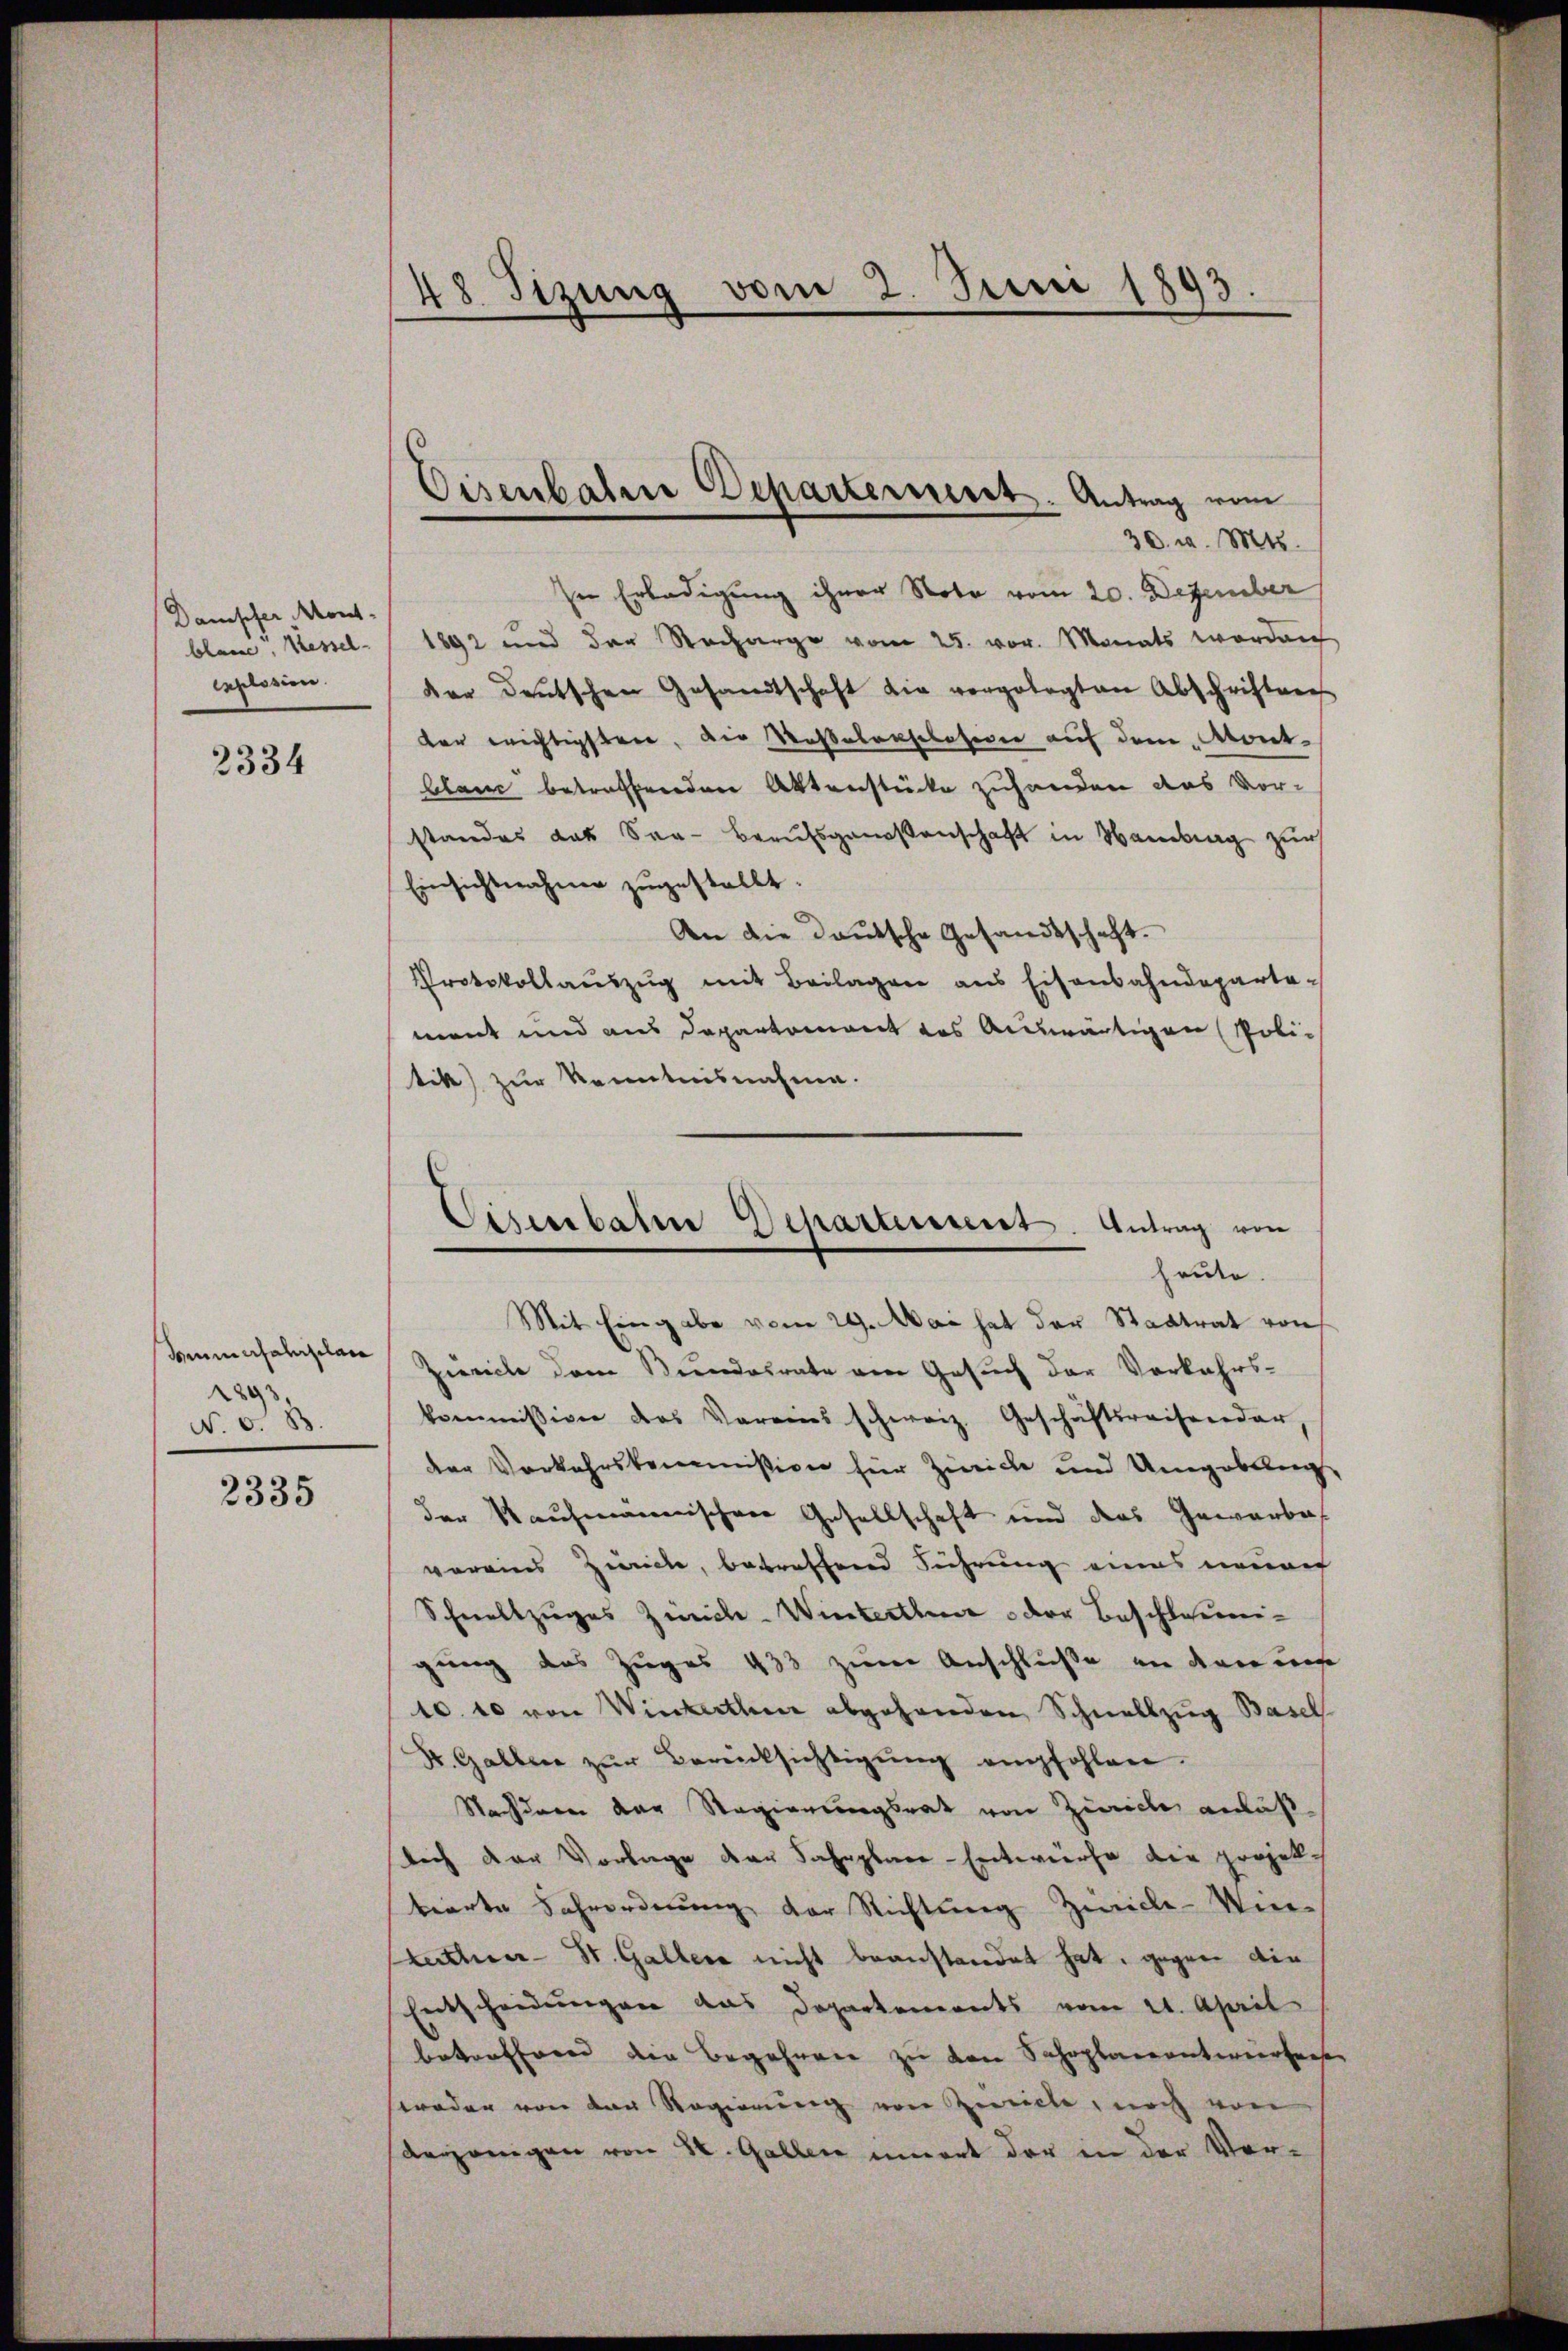
Dampfer Mont-
blare Kessel-
Explosion.

2334

Beunerfahrplane
1893.
N. O. B.

2335

48 Sizung vom 2. Juni 1893

Eisenbahre Departerneret. Antrag vom
30. v. Mts.

In Erledigung ihrer Note vom 20. Dezember
1892 und der Recharge vom 25. vor. Monats worden
dar deutschen Gesandtschaft die vorgelegten Abschriften
der wichtigsten, die Waßerraschofern auf dem „Aont-
blanc betreffenden Aktenstücke zuhanden das vor-
standes das Saa-Brausgenoßenschaft in Mantrag zur
Einsichtnahmen zŭgestellt.
An die deutsche Gesandtschaft.
Protokollaŭszŭg mit Beilagen ans Eisenbahndeparte-
mant und aus Departement des Auswärtigen Politik) zur Kenntnisnahme.

Cisenbahn Departensent. Antrag von
heute.

Mit Eingabe vom 29. Mai hat der Stadtrat von
Zürich dem Bundesrate am Gesuch der Vorkehrskommission des Vereins schweiz. Geschäftsreisender,
der Vorkehrskommission für Zürich und Umgebung,
der Kaufmannischen Gesellschaft und das Gewerbe
voreins Zürich, betreffend Führung eines neuen
Schnellzuges Zürich-Winterthe oder Beschlossen-
gung des Zuges 433 zum Anschluße an den uns
10. 10 von Winterthur abgehanden, Schnellzug Basel
F. Gallen zŭr Berücksichtigŭng empfohlen.
Nachderen der Regierungsrat von Zürich anläß
lich der Vorlage der Fahrplace-Entwurfe die projektierte Schrordnung der Richtung Zürich-Unkutter- St. Galler nicht beanstandet hat, gegen die
Entscheidungen das Dopartements vom 21. April
betreffend die Begehren zu den Schoplanentwerfenser
weder von der Regierung von Zeiche, noch von
derjenigen von 80. Gallen innert der in der Ver-